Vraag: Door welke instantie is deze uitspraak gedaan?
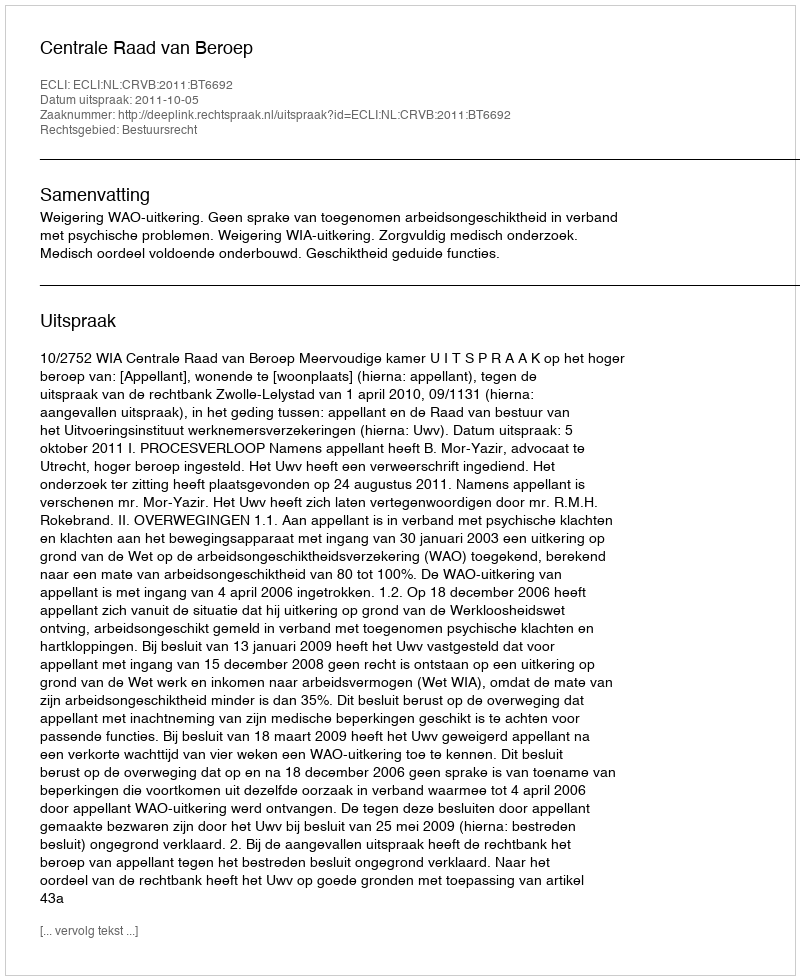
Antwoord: Centrale Raad van Beroep